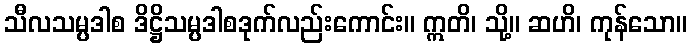
သီလသမ္ပဒါစ ဒိဋ္ဌိသမ္ပဒါစဒုက်လည်းကောင်း။ ဣတိ၊ သို့။ ဆဟိ၊ ကုန်သော။